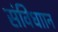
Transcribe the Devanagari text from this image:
संविधाान